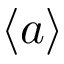
\langle a \rangle